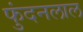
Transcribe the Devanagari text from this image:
फुंदनलाल